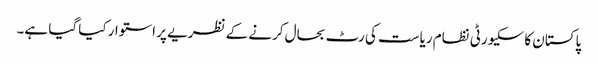
پاکستان کا سکیورٹی نظام ریاست کی رٹ بحال کرنے کے نظریے پر استوار کیا گیا ہے۔